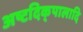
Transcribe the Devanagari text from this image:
अष्टदिक्‌पालादि